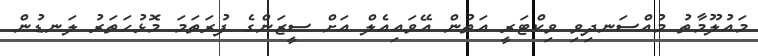
މައުލޫމާތު މުއްސަނދިވި ވިކްޓަރީ އަތުން އޭވައިއެލް އަށް ސީޒަންގެ ފުރަތަމަ މޮޅުހަތަރު ލަނޑުން